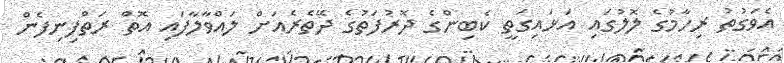
އެވަގުތު ރިހާމުގެ ލޮލުގައި އަޅައިގަތީ ކެބިންގެ ދޮރުފަތުގެ ދޭތެރެއަށް ލައްވާލާފައި އޮތް ރަތްފިނިފެން